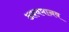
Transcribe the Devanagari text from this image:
अश्वमानव